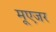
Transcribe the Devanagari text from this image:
मूएजर